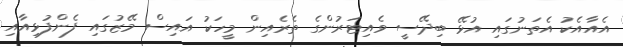
އެއާއެކު އެތަނުގައި އުޅޭ ބިދޭސީ ވެއިޓަރުންގެ ތެރެއިން މީހަކު އައިސް މޭޒުގައި ފެންފުޅިއާއި